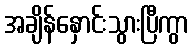
အချိန်နှောင်းသွားပြီကွာ